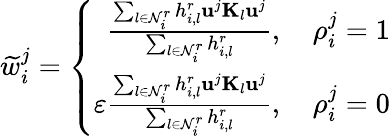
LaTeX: \widetilde{w}_{i}^{j}=\left\{ \begin{array}{r}{\frac{\sum_{l\in\mathcal{N}_{i}^{r}}h_{i,l}^{r}\mathbf{u}^{j}\mathbf{K}_{l}\mathbf{u}^{j}}{\sum_{l\in\mathcal{N}_{i}^{r}}h_{i,l}^{r}},\quad\rho_{i}^{j}=1}\\ {\varepsilon\frac{\sum_{l\in\mathcal{N}_{i}^{r}}h_{i,l}^{r}\mathbf{u}^{j}\mathbf{K}_{l}\mathbf{u}^{j}}{\sum_{l\in\mathcal{N}_{i}^{r}}h_{i,l}^{r}},\quad\rho_{i}^{j}=0}\end{array}\right.